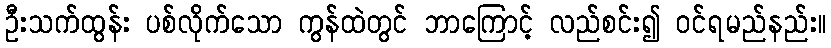
ဦးသက်ထွန်း ပစ်လိုက်သော ကွန်ထဲတွင် ဘာကြောင့် လည်စင်း၍ ဝင်ရမည်နည်း။